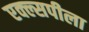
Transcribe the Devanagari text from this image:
एक्ल्सपीला